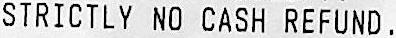
STRICTLY NO CASH REFUND.